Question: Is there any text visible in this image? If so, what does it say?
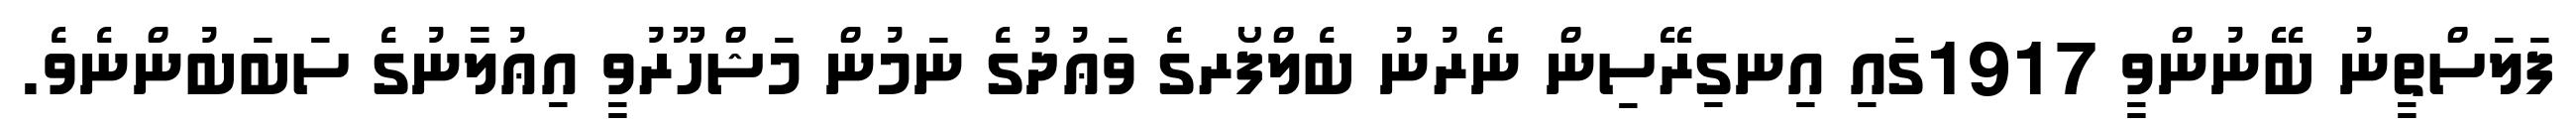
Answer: ފަލަސްތީނު ބޭނުންވީ 1917ގައި އިނގިރޭސިން ނެރުނު ބެލްފޯރގެ ވަޢުދުގެ ނަމުން މަޝްހޫރުވީ އިޢުލާނުގެ ސަބަބުންނެވެ.